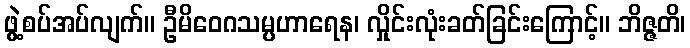
ဖွဲ့စပ်အပ်လျက်။ ဦမိဝေဂသမ္ပဟာရေန၊ လှိုင်းလုံးခတ်ခြင်းကြောင့်။ ဘိဇ္ဇတိ၊